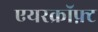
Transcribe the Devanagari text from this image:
एयरक्रॉफ़्ट